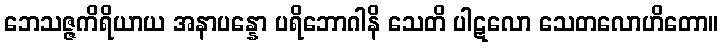
ဘေသဇ္ဇကိရိယာယ အနာပန္နော ပရိဘောဂါနိ သေတိ ပါဋလော သေတလောဟိတော။